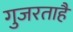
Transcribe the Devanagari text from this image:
गुजरताहै